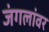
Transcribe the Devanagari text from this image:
जंगलांवर